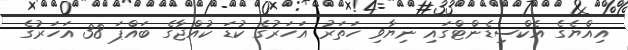
އިއްޔެގެ އެކްސިޑެންޓްގައި ނިޔާވި ހަތަރު އަހަރުގެ ކުޑަ ކުއްޖާގެ ބައްޕަ 38 އަހަރުގެ